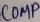
Text: COMP